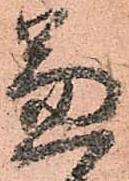
兼